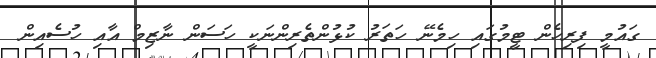
ގައުމީ ފިރިހެން ޓީމުގައި ހިމެނޭ ހަތަރު ކުޅުންތެރިންނަކީ ހަސަން ނާޒިމް އާއި ހުސެއިން